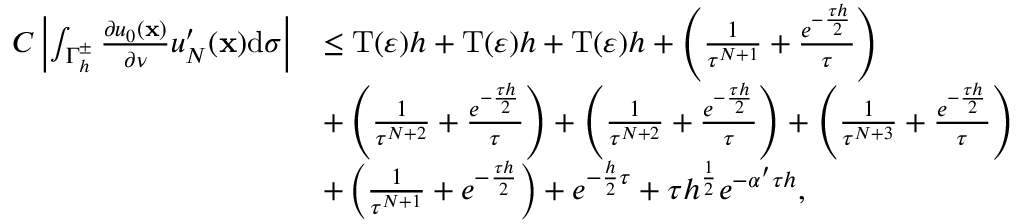
\begin{array} { r l } { C \left\vert \int _ { { \Gamma _ { h } ^ { \pm } } } { \frac { \partial { u _ { 0 } } ( \mathbf x ) } { \partial \nu } } u _ { N } ^ { \prime } ( \mathbf x ) \mathrm d \sigma \right\vert } & { \le \mathrm { T } ( \varepsilon ) h + \mathrm { T } ( \varepsilon ) h + \mathrm T ( \varepsilon ) h + \left( { \frac { 1 } { { \tau ^ { N + 1 } } } } + { \frac { { e ^ { - { \frac { \tau h } { 2 } } } } } { \tau } } \right) } \\ & { + \left( { \frac { 1 } { { \tau ^ { N + 2 } } } } + { \frac { { e ^ { - { \frac { \tau h } { 2 } } } } } { \tau } } \right) + \left( { \frac { 1 } { { \tau ^ { N + 2 } } } } + { \frac { { e ^ { - { \frac { \tau h } { 2 } } } } } { \tau } } \right) + \left( { \frac { 1 } { { \tau ^ { N + 3 } } } } + { \frac { { e ^ { - { \frac { \tau h } { 2 } } } } } { \tau } } \right) } \\ & { + \left( { \frac { 1 } { { \tau ^ { N + 1 } } } } + { { { e ^ { - { \frac { \tau h } { 2 } } } } } } \right) + { e ^ { - { \frac { h } { 2 } } \tau } } + \tau { h ^ { { \frac { 1 } { 2 } } } } { e ^ { - \alpha ^ { \prime } \tau h } } , } \end{array}